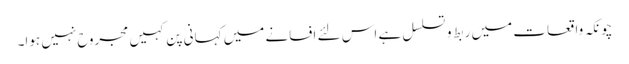
چونکہ واقعات میں ربط و تسلسل ہے اس لئے افسانے میں کہانی پن کہیں مجروح نہیں ہوا۔